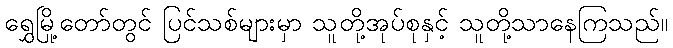
ရွှေမြို့တော်တွင် ပြင်သစ်များမှာ သူတို့အုပ်စုနှင့် သူတို့သာနေကြသည်။